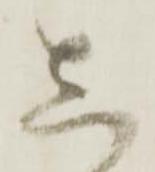
し